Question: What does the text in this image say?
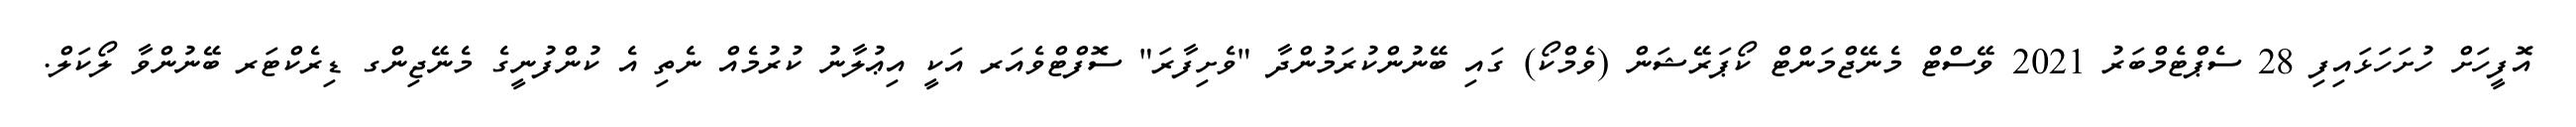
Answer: އޮފީހަށް ހުށަހަޅައިފި 28 ސެޕްޓެމްބަރު 2021 ވޭސްޓް މެނޭޖްމަންޓް ކޯޕަރޭޝަން (ވެމްކޯ) ގައި ބޭނުންކުރަމުންދާ "ވެށިފާރަ" ސޮފްޓްވެއަރ އަކީ އިޢުލާނު ކުރުމެއް ނެތި އެ ކުންފުނީގެ މެނޭޖިންގ ޑިރެކްޓަރ ބޭނުންވާ ލޯކަލް.